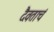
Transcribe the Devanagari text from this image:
दैवताचं